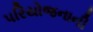
પરિયોજનાની